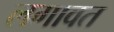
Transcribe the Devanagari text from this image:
लगावत